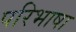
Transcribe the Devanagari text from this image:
परिभाषा